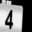
Digit: 4